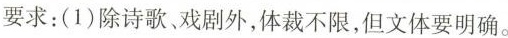
要求：(1)除诗歌、戏剧外，体裁不限，但文体要明确。